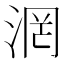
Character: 𣶈